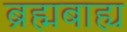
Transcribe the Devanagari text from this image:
ब्रह्मबाह्य